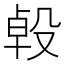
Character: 𣪙